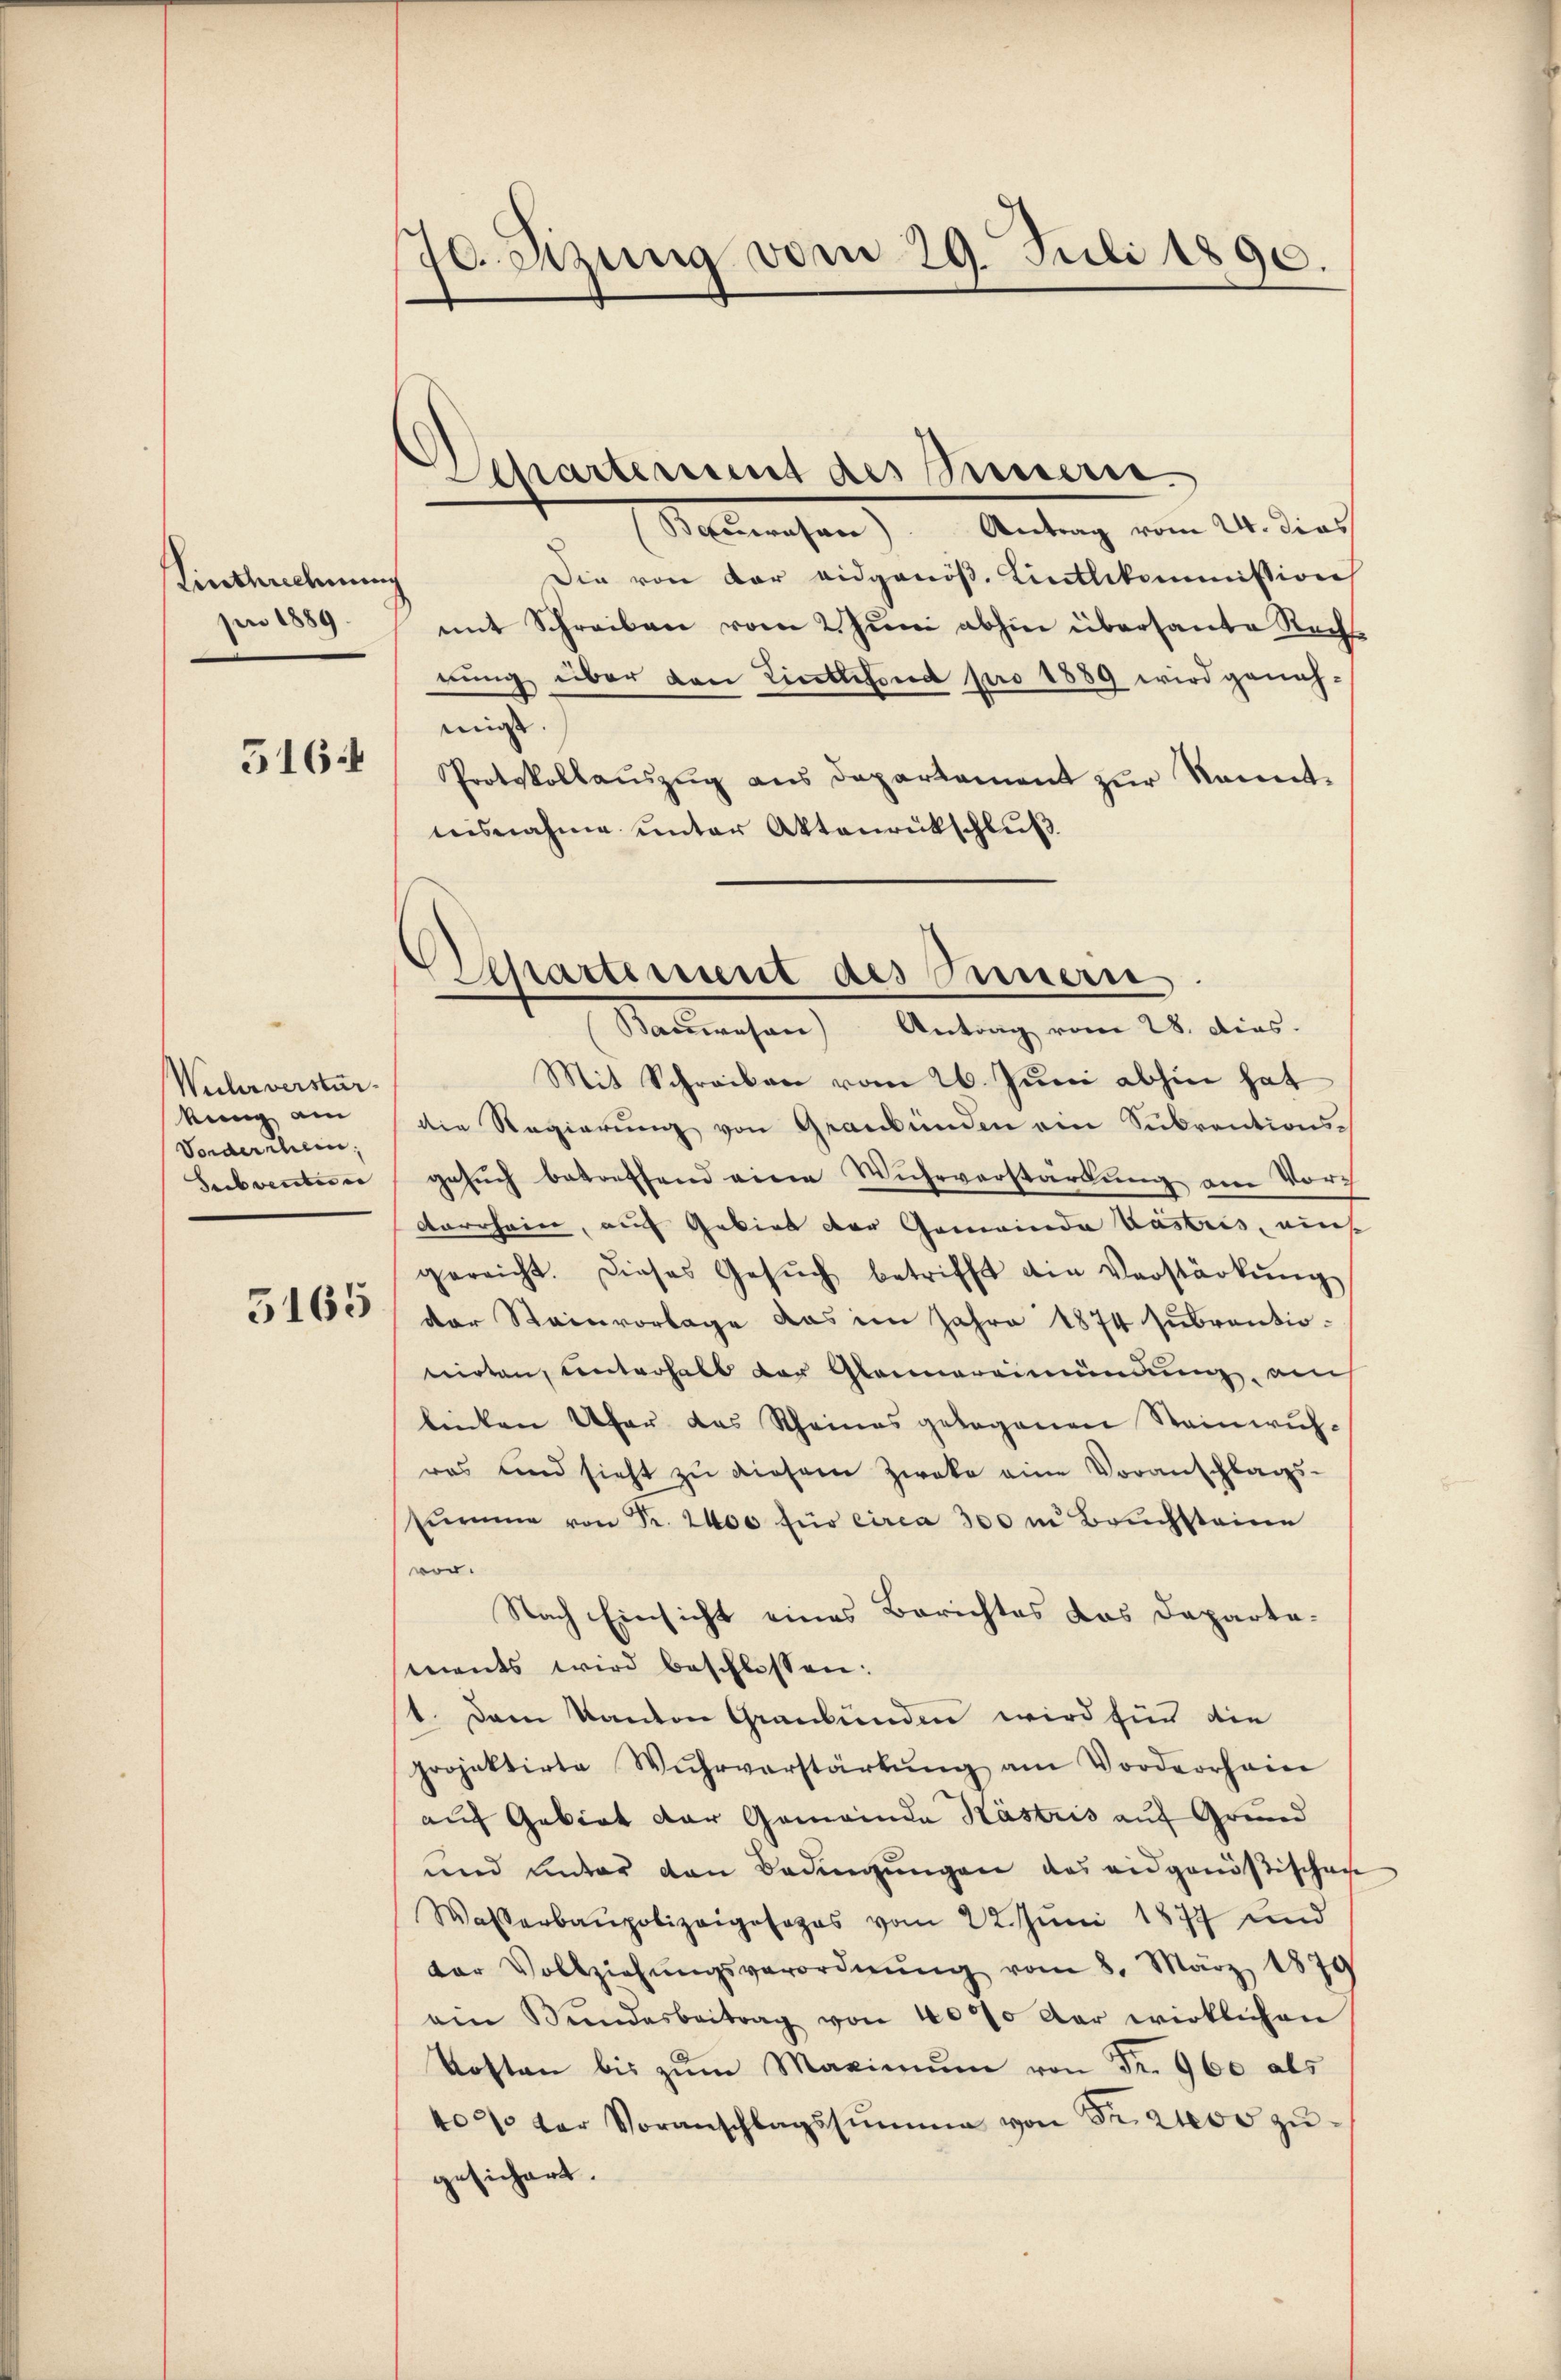
Linthrechnung
per 1889

516:

Wuhrverstär
kung am
Vorderschein;
Subventin

5165

70. Sitzung vom 29. Juli 1890.

Departement des Innern

Separtement des Puzern

Bauwesen). Antrag vom 24. dies
Die von der eidgenöß. Lietlikommission
mit Schreiben vom 2. Jŭni abhin übersante Recht
nŭng über den Lintlefond pro 1889 wird geneh-
mig |
Protokollauszug aus Departement zur Kenntnisnahme unter Aktenrückschluß
Bauwesen) Antrag vom 28. dies.
Mit Schreiben vom 26. Juni abhin hat
die Regierung von Graubünden ein Subventionsgesŭch betreffend eine Wuhrverstärkung am Vordarrhein, auf Gebiet der Gemeinda Vastris, eins
gereicht. Dieses Gesŭch betrifft die Verstärkŭng
der Steinvorlage das im Jahre 1874 subventiowirten, unterhalt der Glainereimündung, am
binten Ufer das Rheines gelegenen Steinwuhras und sieht zŭ diesem Zweke eine Voranschlags-
sŭmme von Fr. 2400 für circa 300 m Bruchsteine
vor.
Nach Einsicht eines Berichtes das Daparta-
ments wird beschlossen:
1. Dem kanton Graubünden wird für die
projektirte Wŭhrverstärkŭng am Vorderrhein
auf Gebiet der Gemeinde Hästris auf Grund
und unter den Bedingungen des eidgenößischen
Wasserbaupolizeiposozas vom 22. Juni 1877 und
dor Vollziehŭngsverordnŭng vom 8. März 1879
ein Bŭndesbeitrag von 40% der wirklichen
Kosten bis zŭm Maximŭm von Fr. 960 als
402 der Voranschlagssumme von Fr. 200 zugesichert.